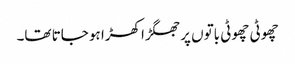
چھوٹی چھوٹی باتوں پر جھگڑا کھڑا ہو جاتا تھا۔